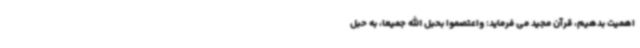
اهمیت بدهیم، قرآن مجید می فرماید: واعتصموا بحبل الله جمیعا، به حبل